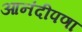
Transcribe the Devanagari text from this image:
आनंदीपणा